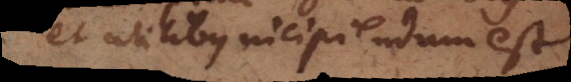
et utilibus incipiendum est